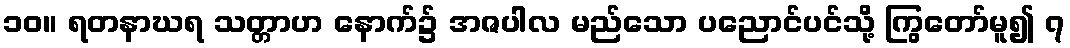
၁၀။ ရတနာဃရ သတ္တာဟ နောက်၌ အဇပါလ မည်သော ပညောင်ပင်သို့ ကြွတော်မူ၍ ၇